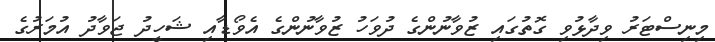
މިނިސްޓަރު ވިދާޅުވި ގޮތުގައި ޒުވާނުންގެ ދުވަހު ޒުވާނުންގެ އެވޯޑާއި ޝަހީދު ޖަވާދު އުމަރުގެ